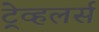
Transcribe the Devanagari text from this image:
ट्रेव्हलर्स